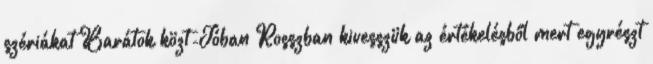
szériákat Barátok közt-Jóban Rosszban kivesszük az értékelésből mert egyrészt